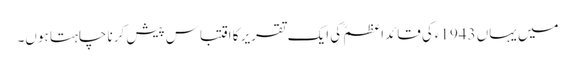
میں یہاں 1943ءکی قائداعظمؒ کی ایک تقریر کا اقتباس پیش کرنا چاہتا ہوں۔